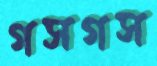
গসগস